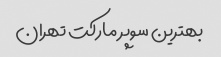
بهترین سوپر مارکت تهران